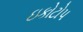
ઇકોટોપ